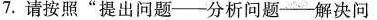
7.请按照“提出问题--分析问题--解决问